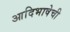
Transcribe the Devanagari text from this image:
आदिभाषेची